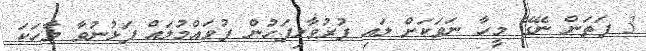
3 ފަތަން ނޭގޭ މީހާ ނަވަކަށް ލައި ފުރުވާލިފަހުން ފުވައްމުލައް ފަޅުނުވާ ވާހަކަ